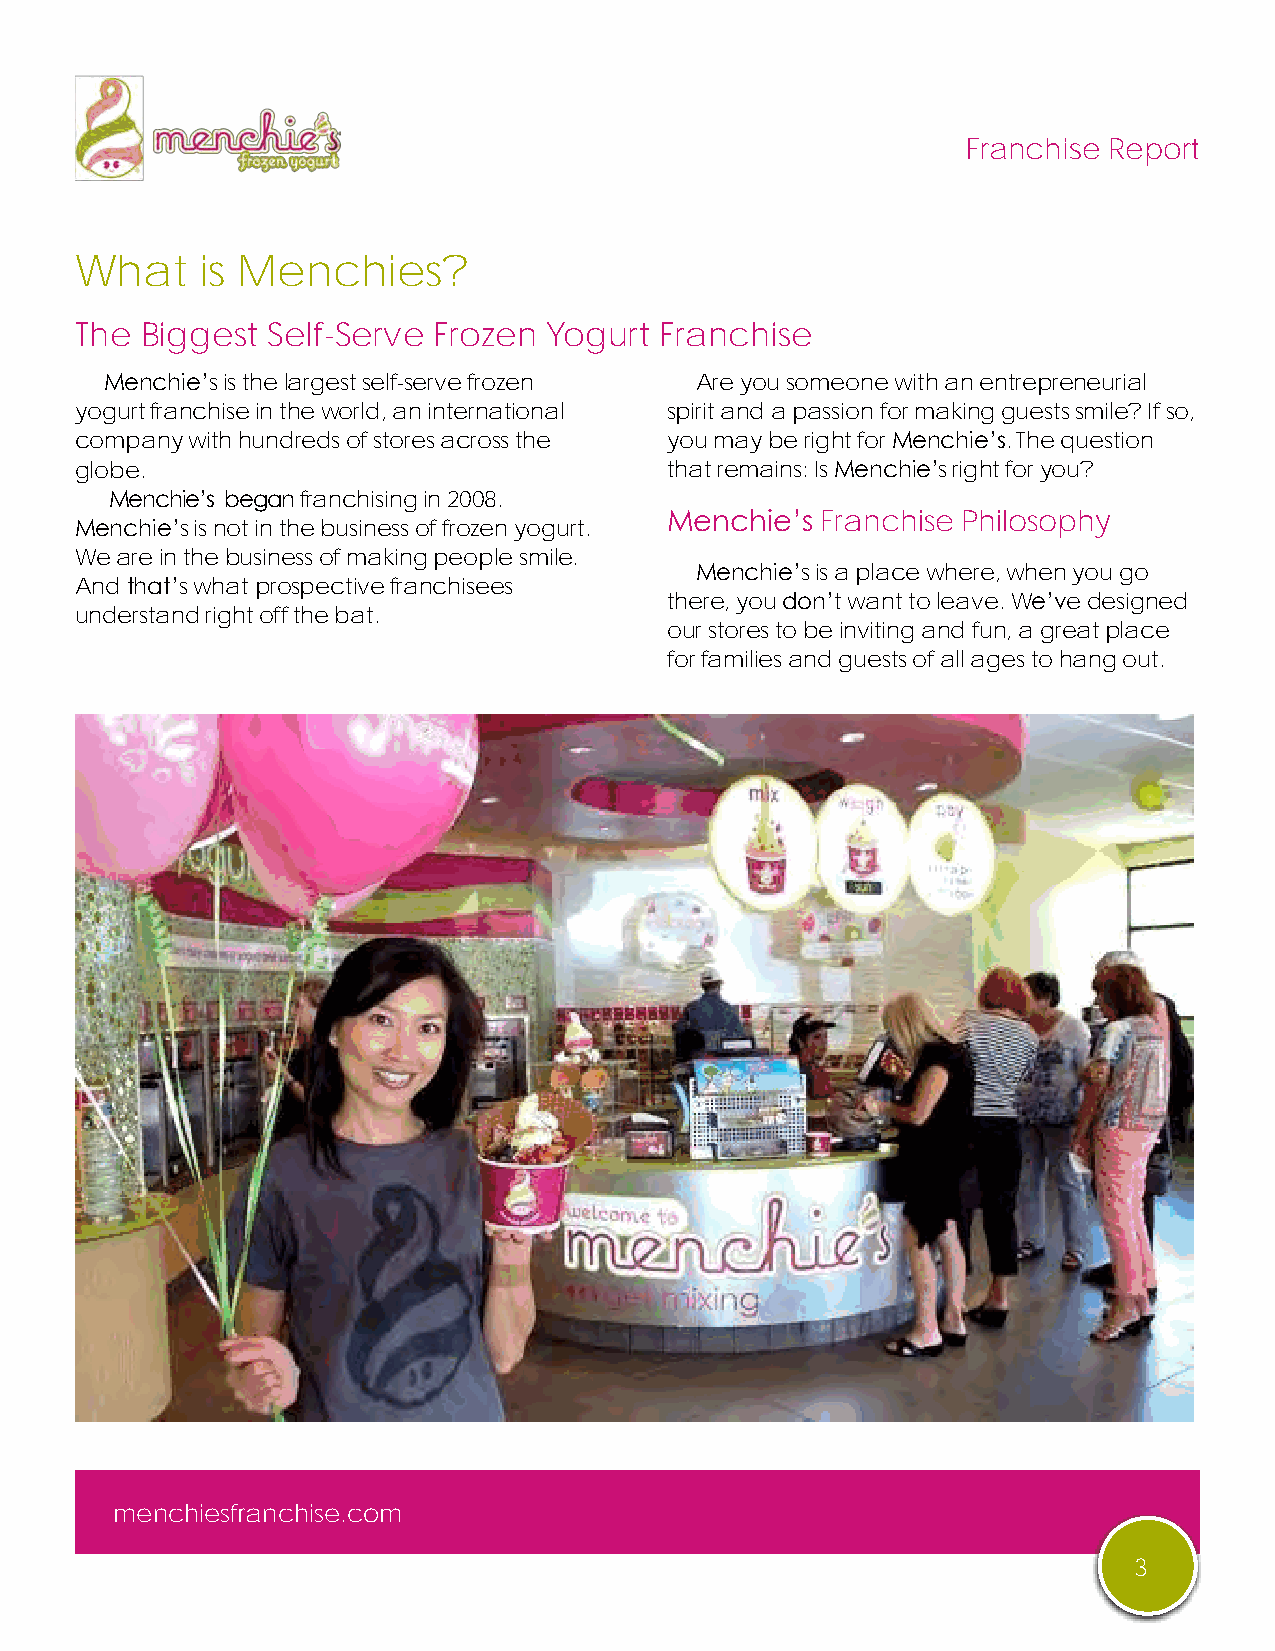
Franchise Report
 What    is Menchies?
 The Biggest  Self-Serve Frozen Yogurt  Franchise
 Menchie’s is the largest self-serve frozen Are you someone with an entrepreneurial
 yogurt franchise in the world, an international spirit and a passion for making guests smile? If so,
 company with hundreds of stores across the you may be right for Menchie’s. The question
 globe.                                 that remains: Is Menchie’s right for you?
 Menchie’s began franchising in 2008.
 Menchie’s Franchise Philosophy
 Menchie’s is not in the business of frozen yogurt.
 We are in the business of making people smile.
 Menchie’s is a place where, when you go
 And that’s what prospective franchisees
 there, you don’t want to leave. We’ve designed
 understand right off the bat.
 our stores to be inviting and fun, a great place
 for families and guests of all ages to hang out.
 menchiesfranchise.com
 3